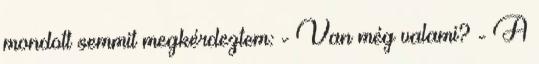
mondott semmit megkérdeztem: - Van még valami? - A